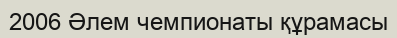
2006 Əлем чемпионаты құрамасы